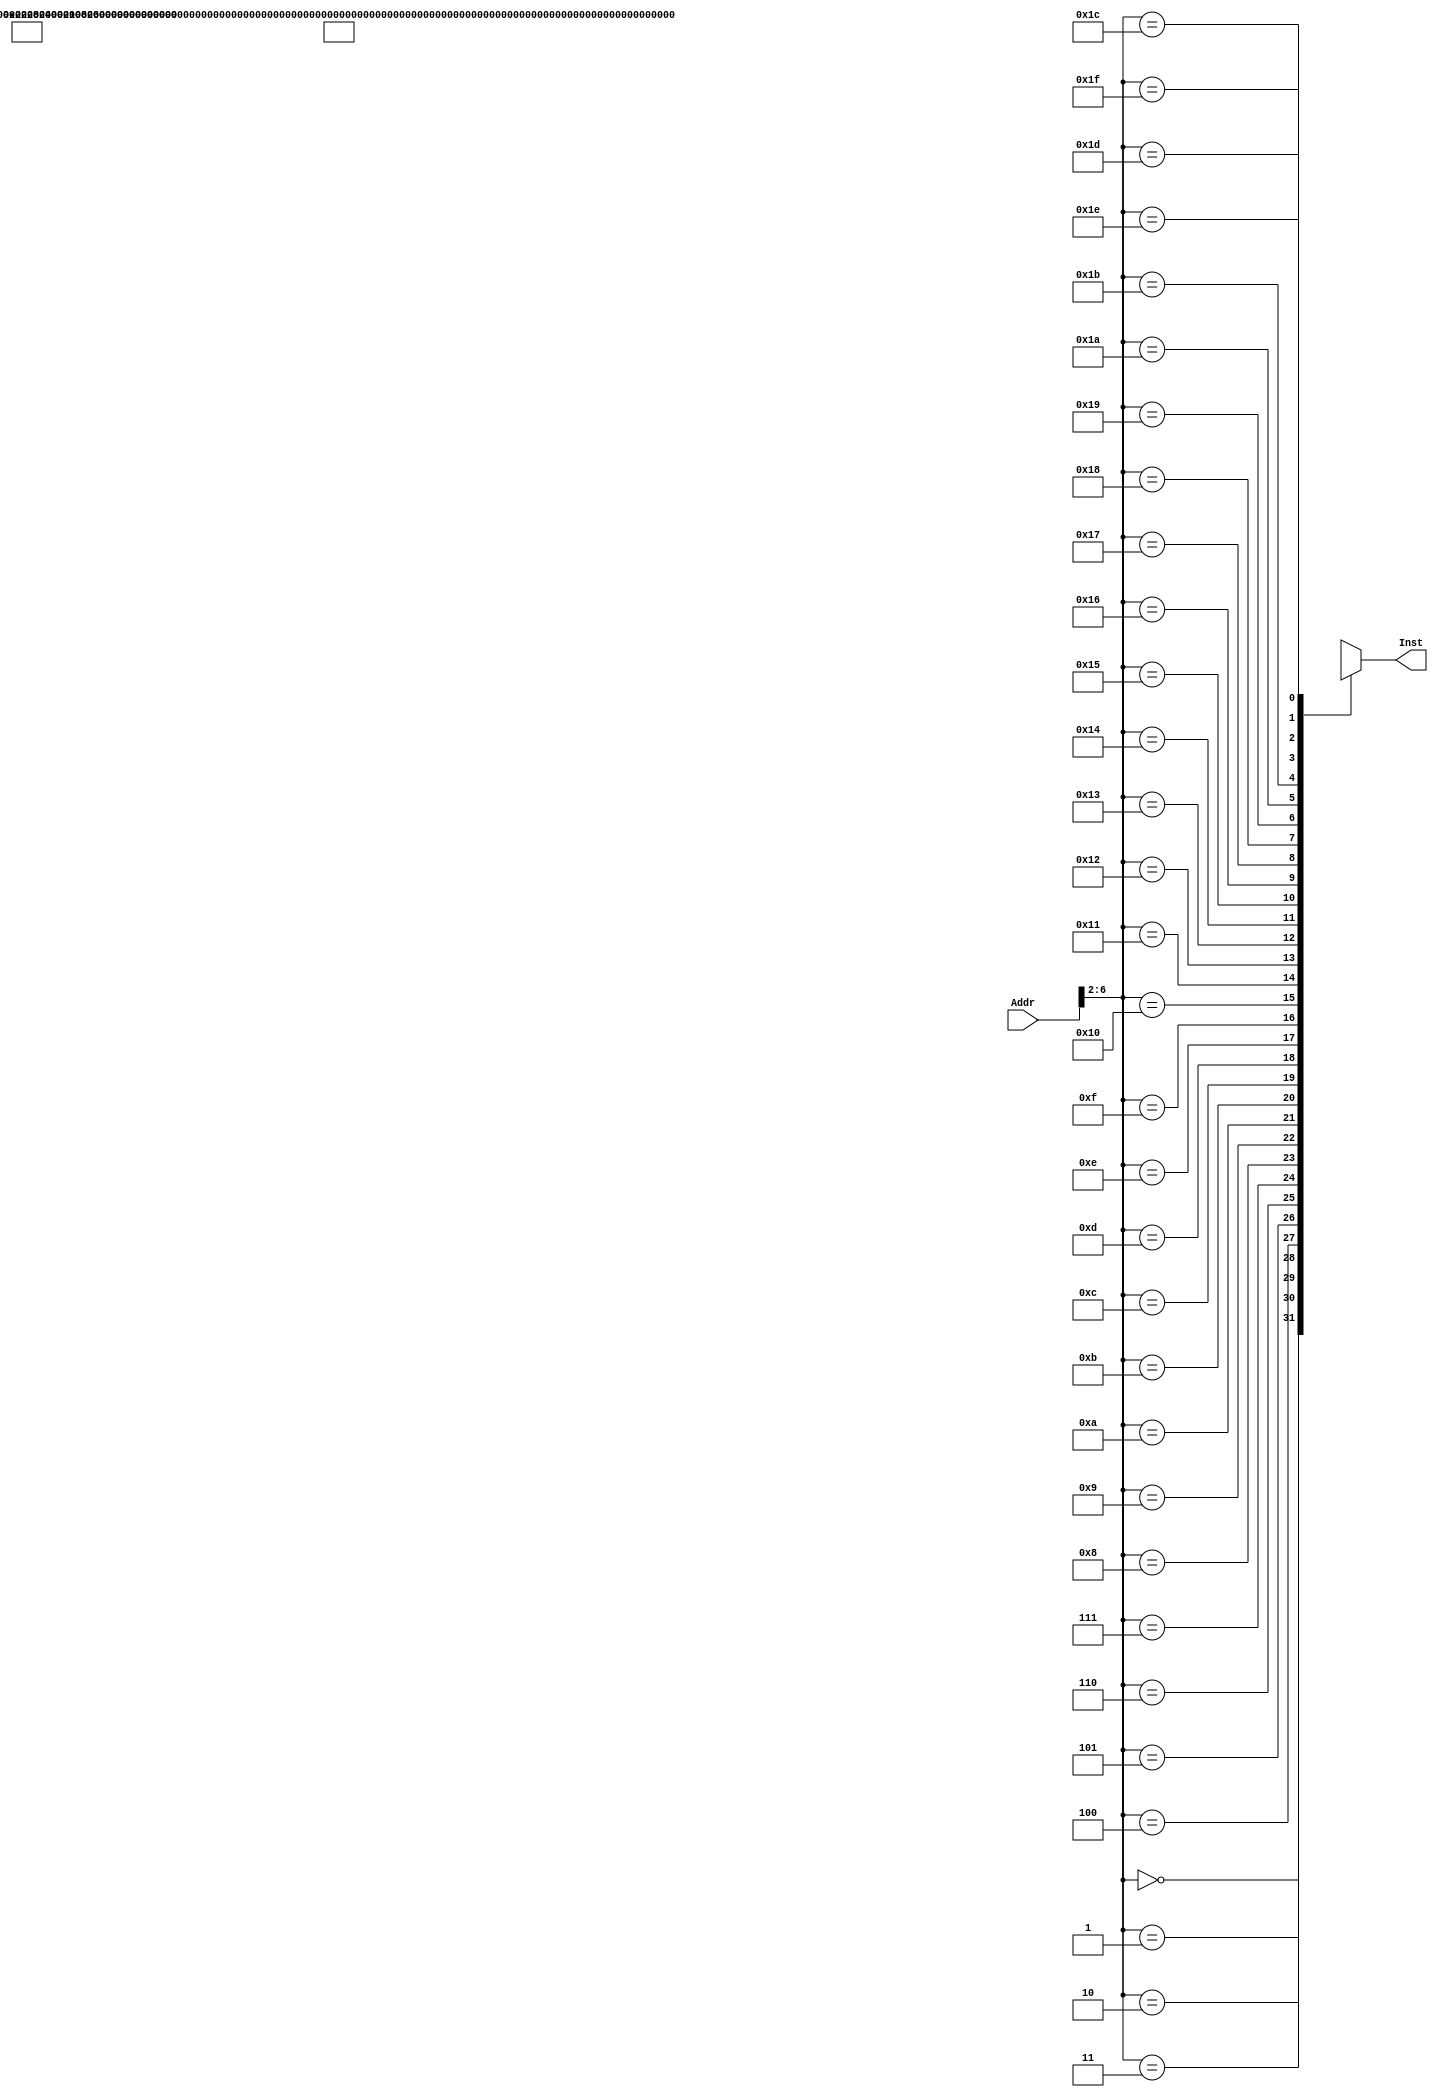
module INSTMEM(Addr, Inst); 
	input  [31:0] Addr;
	output [31:0] Inst;
	wire [31:0] Ram [0:31];
	assign Ram[5'h00] = 32'h23DE000F; // addi R30 0x000F
	assign Ram[5'h01] = 32'h409e6000; //mtc0 R30 Status
	assign Ram[5'h02] = 32'h3C018000; //lui R1 , 0x1000
	assign Ram[5'h03] = 32'h3C028000; //lui R2 , 0x1000
	assign Ram[5'h04] = 32'h00411820; //add R3 , R1 , R2
	assign Ram[5'h05] = 32'h10220001; //beq R2 , R1 , 1
	assign Ram[5'h07] = 32'h00222824; // and  R5, R1, R2
	assign Ram[5'h08] = 32'h00210826;  //xor R1 R1 R1
	assign Ram[5'h09] = 32'h14610001; // bne R3 , R1 , 1
	assign Ram[5'h0A] = 32'h00222020;  //add R4 , R1 , R2
	assign Ram[5'h0B] = 32'h0000000C;  // syscall
	assign Ram[5'h0C] = 32'h00412822;  // sub R4 , R2 , R1
	assign Ram[5'h0D] = 32'hFFFFFFFF; // XXX
	assign Ram[5'h0E] = 32'h00021880; //sll R3 , R2 , 2
	assign Ram[5'h0F] = 32'h00021882; //srl R3 , R2 , 2

    //
	assign Ram[5'h10] = 32'h400ba800; //mfc0 R29, Cause
	assign Ram[5'h11] = 32'h401c7000; //mfc0 R28,EPC;
	assign Ram[5'h12] = 32'h239C0004; //addi R28, R28, 4;
	assign Ram[5'h13] = 32'h409c7000; //mtc R28, EPC;
	assign Ram[5'h14] = 32'h42000018; //eret

	assign Inst = Ram[Addr[6:2]];
endmodule